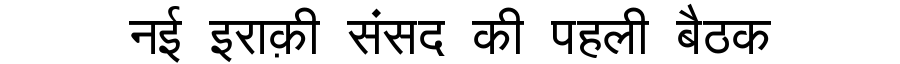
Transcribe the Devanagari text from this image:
नई इराक़ी संसद की पहली बैठक